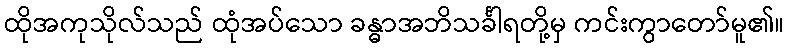
ထိုအကုသိုလ်သည် ထုံအပ်သော ခန္ဓာအဘိသင်္ခါရတို့မှ ကင်းကွာတော်မူ၏။